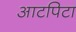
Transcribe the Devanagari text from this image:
आटपिटा